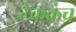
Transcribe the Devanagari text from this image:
टेकक्रंच